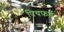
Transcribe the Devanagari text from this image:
पिचफ़र्ड